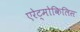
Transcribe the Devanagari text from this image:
एरेट्मोकिलिस